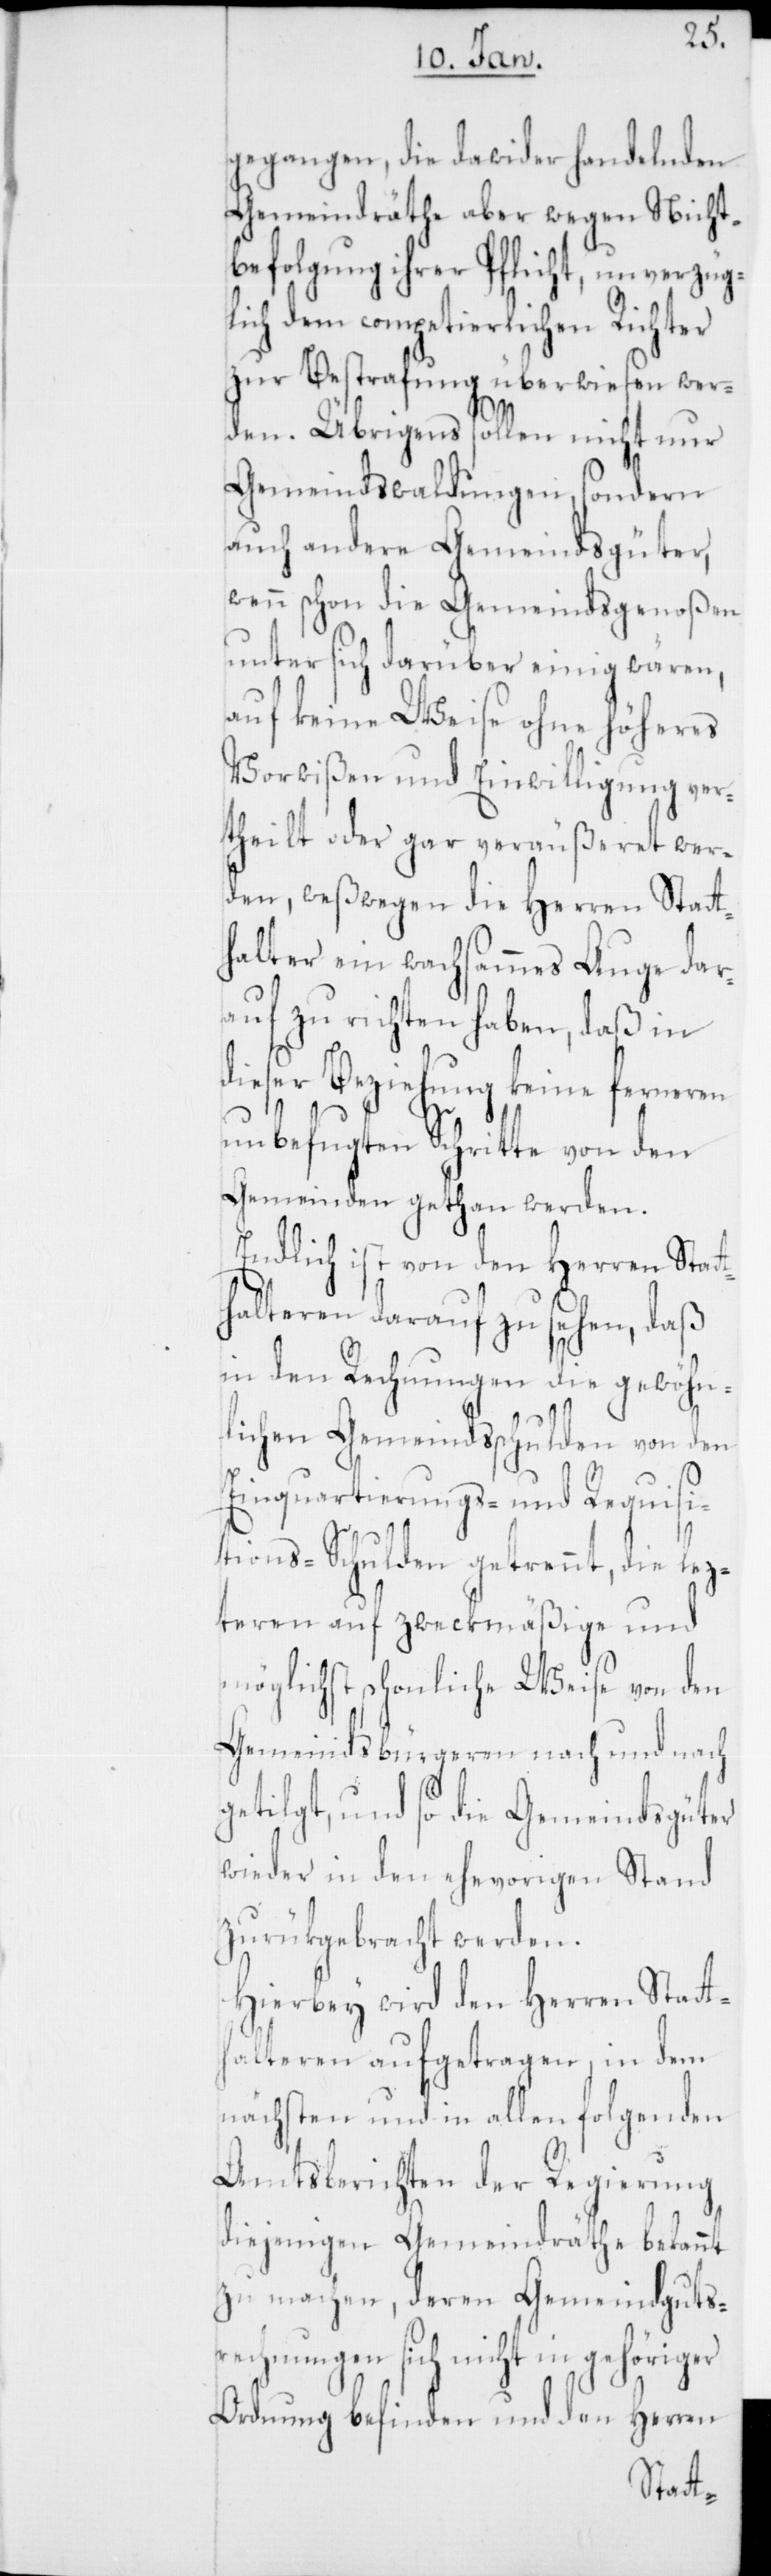
gegangen, die dawider handelnden
Gemeindräthe aber wegen Nicht¬
befolgung ihrer Pflicht, unverzüg¬
lich dem competierlichen Richter
zur Bestrafung überwiesen wer¬
den. Übrigens sollen nicht nur
Gemeindswaldungen, sondern
auch andere Gemeindsgüter,
wenn schon die Gemeindsgenoßen
unter sich darüber einig wären,
auf keine Weise ohne höheres
Vorwißen und Einwilligung ver¬
theilt oder gar veräußeret wer¬
den, weßwegen die Herren Statt¬
halter ein wachsammes Auge dar¬
auf zu richten haben, daß in
dieser Beziehung keine ferneren
unbefugten Schritte von den
Gemeinden gethan werden.
Endlich ist von den Herren Stat¬
thalteren darauf zu sehen, daß
in den Rechnungen die gewöhn¬
lichen Gemeindsschulden von den
Einquartierungs- und Requisi¬
tions-Schulden getrennt, die lez¬
teren auf zweckmäßige und
möglichst schonliche Weise von den
Gemeindsbürgeren nach und nach
getilgt, und so die Gemeindsgüter
wieder in den ehevorigen Stand
zurükgebracht werden.
Hierbey wird den Herren Statt¬
halteren aufgetragen, in dem
nächsten und in allen folgenden
Amtsberichten der Regierung
diejenigen Gemeindräthe bekannt
zu machen, deren Gemeindsguts¬
rechnungen sich nicht in gehöriger
Ordnung befinden und den Herren